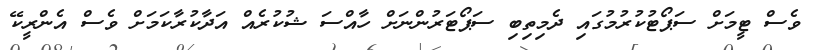
ވެސް ޓީމަށް ސަޕޯޓުކުރުމުގައި ދެމިތިބި ސަޕޯޓަރުންނަށް ހާއްސަ ޝުކުރެއް އަދާކުރާކަމަށް ވެސް އެންރީކޭ